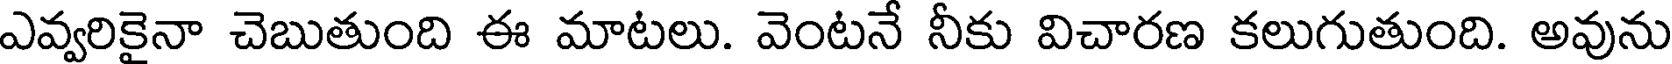
ఎవ్వరికైనా చెబుతుంది ఈ మాటలు. వెంటనే నీకు విచారణ కలుగుతుంది. అవును